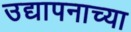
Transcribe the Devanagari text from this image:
उद्यापनाच्या